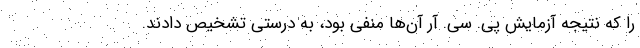
را که نتیجه آزمایش پی. سی. آر آن‌ها منفی بود، به درستی تشخیص دادند.